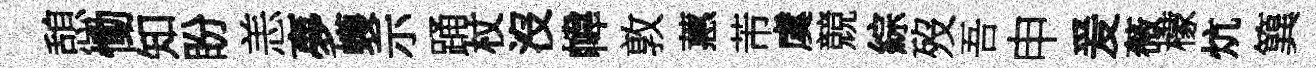
憩慟知盼恙夣蠖示踊杖沒幃敦蕙芾虞競綜歿吾申爰薇檬炕簨